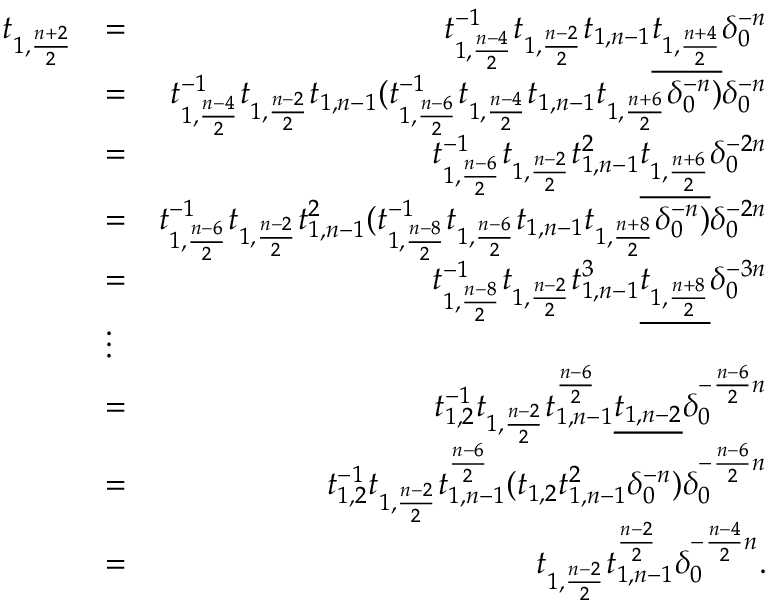
\begin{array} { r l r } { t _ { 1 , \frac { n + 2 } { 2 } } } & { = } & { t _ { 1 , \frac { n - 4 } { 2 } } ^ { - 1 } t _ { 1 , \frac { n - 2 } { 2 } } t _ { 1 , n - 1 } \underline { { t _ { 1 , \frac { n + 4 } { 2 } } } } \delta _ { 0 } ^ { - n } } \\ & { = } & { t _ { 1 , \frac { n - 4 } { 2 } } ^ { - 1 } t _ { 1 , \frac { n - 2 } { 2 } } t _ { 1 , n - 1 } ( t _ { 1 , \frac { n - 6 } { 2 } } ^ { - 1 } t _ { 1 , \frac { n - 4 } { 2 } } t _ { 1 , n - 1 } t _ { 1 , \frac { n + 6 } { 2 } } \delta _ { 0 } ^ { - n } ) \delta _ { 0 } ^ { - n } } \\ & { = } & { t _ { 1 , \frac { n - 6 } { 2 } } ^ { - 1 } t _ { 1 , \frac { n - 2 } { 2 } } t _ { 1 , n - 1 } ^ { 2 } \underline { { t _ { 1 , \frac { n + 6 } { 2 } } } } \delta _ { 0 } ^ { - 2 n } } \\ & { = } & { t _ { 1 , \frac { n - 6 } { 2 } } ^ { - 1 } t _ { 1 , \frac { n - 2 } { 2 } } t _ { 1 , n - 1 } ^ { 2 } ( t _ { 1 , \frac { n - 8 } { 2 } } ^ { - 1 } t _ { 1 , \frac { n - 6 } { 2 } } t _ { 1 , n - 1 } t _ { 1 , \frac { n + 8 } { 2 } } \delta _ { 0 } ^ { - n } ) \delta _ { 0 } ^ { - 2 n } } \\ & { = } & { t _ { 1 , \frac { n - 8 } { 2 } } ^ { - 1 } t _ { 1 , \frac { n - 2 } { 2 } } t _ { 1 , n - 1 } ^ { 3 } \underline { { t _ { 1 , \frac { n + 8 } { 2 } } } } \delta _ { 0 } ^ { - 3 n } } \\ & { \vdots } & \\ & { = } & { t _ { 1 , 2 } ^ { - 1 } t _ { 1 , \frac { n - 2 } { 2 } } t _ { 1 , n - 1 } ^ { \frac { n - 6 } { 2 } } \underline { { t _ { 1 , n - 2 } } } \delta _ { 0 } ^ { - \frac { n - 6 } { 2 } n } } \\ & { = } & { t _ { 1 , 2 } ^ { - 1 } t _ { 1 , \frac { n - 2 } { 2 } } t _ { 1 , n - 1 } ^ { \frac { n - 6 } { 2 } } ( t _ { 1 , 2 } t _ { 1 , n - 1 } ^ { 2 } \delta _ { 0 } ^ { - n } ) \delta _ { 0 } ^ { - \frac { n - 6 } { 2 } n } } \\ & { = } & { t _ { 1 , \frac { n - 2 } { 2 } } t _ { 1 , n - 1 } ^ { \frac { n - 2 } { 2 } } \delta _ { 0 } ^ { - \frac { n - 4 } { 2 } n } . } \end{array}